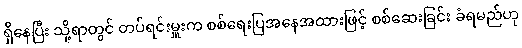
ရှိနေပြီး သို့ရာတွင် တပ်ရင်းမှူးက စစ်ရေးပြအနေအထားဖြင့် စစ်ဆေးခြင်း ခံရမည်ဟု